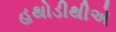
હથોડીથીએ